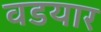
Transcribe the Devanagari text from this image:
वडयार